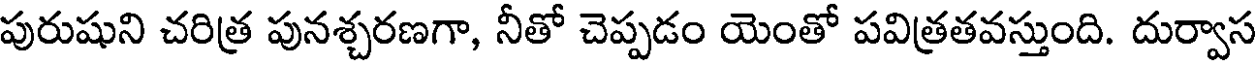
పురుషుని చరిత్ర పునశ్చరణగా, నీతో చెప్పడం యెంతో పవిత్రతవస్తుంది. దుర్వాస